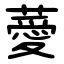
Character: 薆